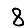
Digit: 8